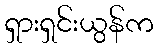
ရှားရှင်းယွန်က